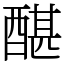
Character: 䤁